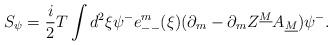
LaTeX: \begin{align*}S_{\psi}={i\over 2}T\int d^2\xi\psi^-e^m_{--}(\xi)(\partial_m-\partial_mZ^{\underline M}A_{\underline M})\psi^{-}.\end{align*}